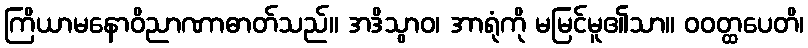
ကြိယာမနောဝိညာဏာဓာတ်သည်။ အဒိသွာဝ၊ အာရုံကို မမြင်မူ၏သာ။ ဝဝတ္ထပေတိ၊